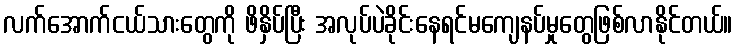
လက်အောက်ငယ်သားတွေကို ဖိနှိပ်ပြီး အလုပ်ပဲခိုင်းနေရင်မကျေနပ်မှုတွေဖြစ်လာနိုင်တယ်။